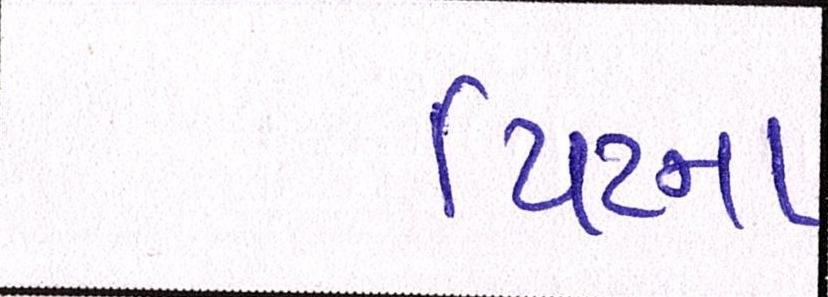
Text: પિટના